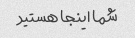
شما اینجا هستید